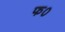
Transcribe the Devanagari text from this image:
फ०